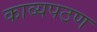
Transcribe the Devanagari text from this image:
काव्यपठण